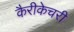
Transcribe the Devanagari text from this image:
कैरीकेचरी